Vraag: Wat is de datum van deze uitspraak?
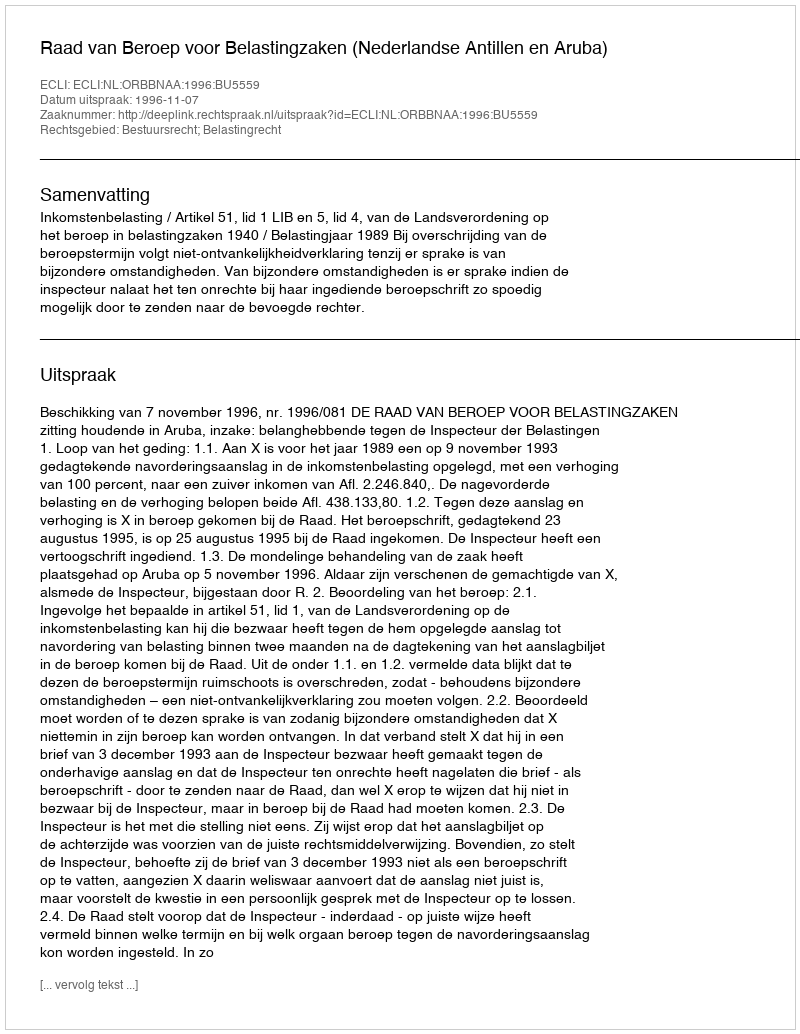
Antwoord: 1996-11-07